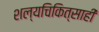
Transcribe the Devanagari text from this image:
शल्यचिकित्साही